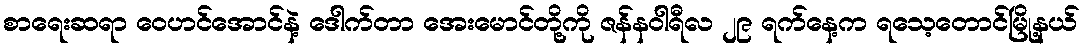
စာရေးဆရာ ဝေဟင်အောင်နဲ့ ဒေါက်တာ အေးမောင်တို့ကို ဇန်နဝါရီလ ၂၉ ရက်နေ့က ရသေ့တောင်မြို့နယ်